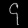
Digit: ၄